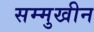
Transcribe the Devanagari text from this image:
सम्मुखीन